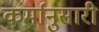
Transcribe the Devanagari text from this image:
कर्मानुसारी